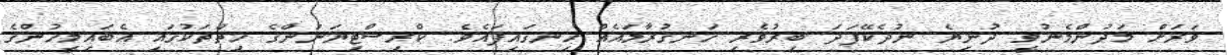
ވަރަށް މަދުންމެނުވީ ދުނިޔެ ނުދެކޭފަދަ ބިރުވެރި ހަނގުރާމައެއް ހިނގައިފައެވެ. ކްރިސްޓިޔަނުންގެ ހިތްތަކުގައި އެބައިމީހުންގެ